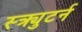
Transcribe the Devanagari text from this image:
स्क्र्युटर्न